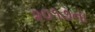
૨૦૧૭ના